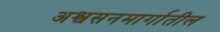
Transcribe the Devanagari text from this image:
अश्वसनमार्गातील